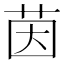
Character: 茵